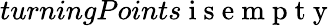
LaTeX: turningPoints\mathrm{~i~s~e~m~p~t~y~}